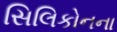
સિલિકોનના